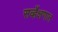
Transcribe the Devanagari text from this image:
सर्व्हेक्षणात